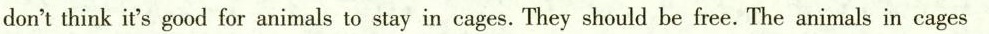
don't think it's good for animals to stay in cages. They should be free. The animals in cages